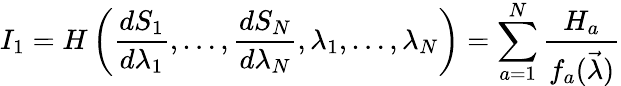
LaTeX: I_{1}=H\left(\frac{dS_{1}}{d\lambda_{1}},\dots,\frac{dS_{N}}{d\lambda_{N}},\lambda_{1},\dots,\lambda_{N}\right)=\sum_{a=1}^{N}\frac{H_{a}}{f_{a}(\vec{\lambda})}